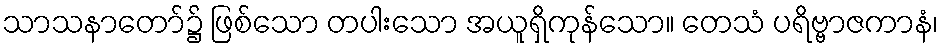
သာသနာတော်၌ ဖြစ်သော တပါးသော အယူရှိကုန်သော။ တေသံ ပရိဗ္ဗာဇကာနံ၊